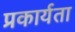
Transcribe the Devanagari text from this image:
प्रकार्यता